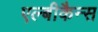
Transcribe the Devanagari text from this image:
एल्बीकैन्स